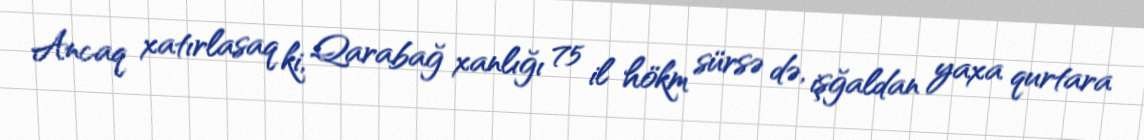
Ancaq xatırlasaq ki, Qarabağ xanlığı 75 il hökm sürsə də, işğaldan yaxa qurtara